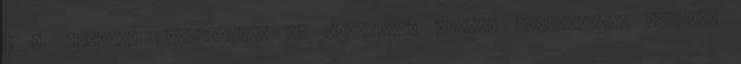
a 42 darabos gyűjteménye is lakozott. Ismert építészként ráígért